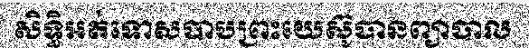
សិទ្ធិអត់ទោសបាបព្រះយេស៊ូបានព្យាបាល